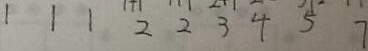
1 1 1 2 2 3 4 5 7